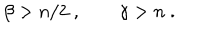
LaTeX: \beta > n / 2 \; , \qquad \gamma > n \; .